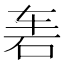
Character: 𱳬